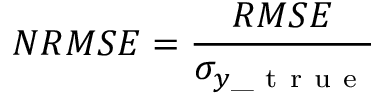
N R M S E = \frac { R M S E } { \sigma _ { y \_ \mathrm { ~ t ~ r ~ u ~ e ~ } } }